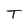
Character: T